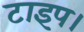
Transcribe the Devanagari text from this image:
टाइप।